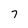
Character: 7